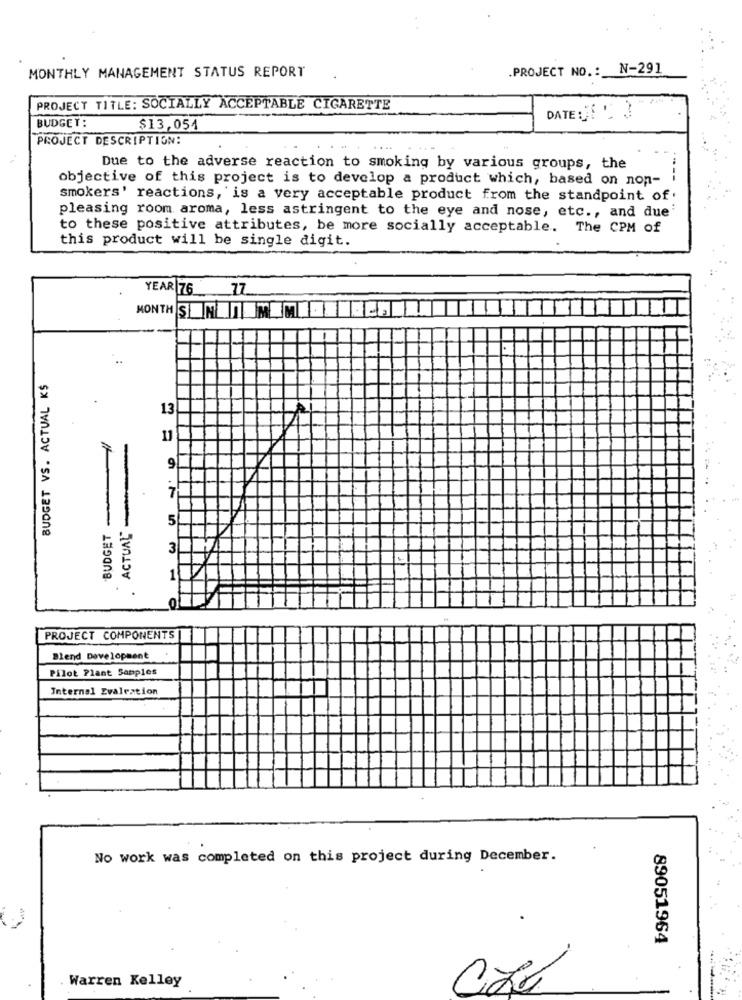
.PROJECT NO .: N-291
MONTHLY MANAGEMENT STATUS REPORT
PROJECT TITLE: SOCIALLY ACCEPTABLE CIGARETTE
BUDGET:
DATEDE '
$13,054
PROJECT DESCRIPTION:
Due to the adverse reaction to smoking by various groups, the
objective of this project is to develop a product which, based on non-
smokers' reactions, is a very acceptable product from the standpoint of
pleasing room aroma, less astringent to the eye and nose, etc ., and due'
to these positive attributes, be more socially acceptable. The CPM of
this product will be single digit.
YEAR 76 17
MONTHS NIMM E.
BUDGET VS. ACTUAL K$
.
13
A
11
-
9
7
ACTUAL
5
BUDGET
3
1
0
PROJECT COMPONENTS
Blend Development
Pilot Plant Sapples
Internal Evaleation
No work was completed on this project during December.
89051964
Warren Kelley